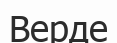
Верде